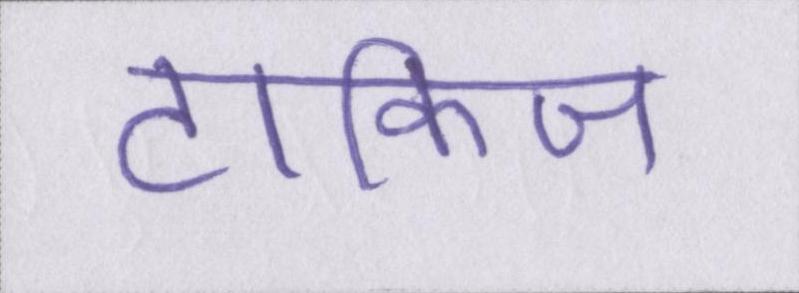
टॉकिज